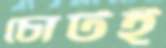
চোটই